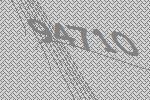
94710